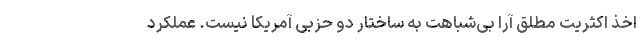
اخذ اکثریت مطلق آرا بی‌شباهت به ساختار دو حزبی آمریکا نیست. عملکرد